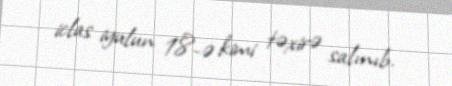
iclas iyulun 18-ə kimi təxirə salınıb.